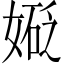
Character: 𫱑